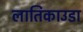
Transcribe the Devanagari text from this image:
लातिकाउडा